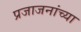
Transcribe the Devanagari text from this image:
प्रजाजनांच्या